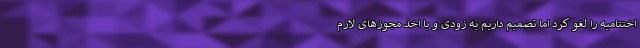
اختتامیه را لغو کرد اما تصمیم داریم به زودی و با اخذ مجوزهای لازم